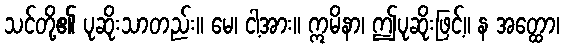
သင်တို့၏ ပုဆိုးသာတည်း။ မေ၊ ငါ့အား။ ဣမိနာ၊ ဤပုဆိုးဖြင့်။ န အတ္ထော၊